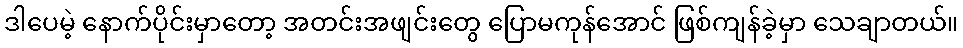
ဒါပေမဲ့ နောက်ပိုင်းမှာတော့ အတင်းအဖျင်းတွေ ပြောမကုန်အောင် ဖြစ်ကျန်ခဲ့မှာ သေချာတယ်။